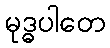
မုဒ္ဓပါတေ